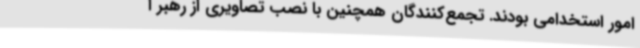
امور استخدامی بودند. تجمع‌کنندگان همچنین با نصب تصاویری از رهبر ا